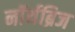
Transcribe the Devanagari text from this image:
नॉर्थब्रिज